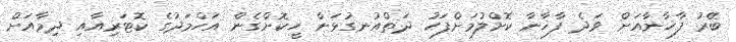
ބޭރު ފާޚާނާއަށް ވަދެ ފާޚާނާ ކޮށްލުމަށްފަހު ދަތްއުނގުޅަން ހީކޮށްގެން އަހްމަދުގެ ކޮޓަރިއާއި ދިމާއަށް